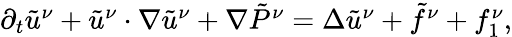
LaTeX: \begin{array}{r}{\partial_{t}\tilde{u}^{\nu}+\tilde{u}^{\nu}\cdot\nabla\tilde{u}^{\nu}+\nabla\tilde{P}^{\nu}=\Delta\tilde{u}^{\nu}+\tilde{f}^{\nu}+f_{1}^{\nu},}\end{array}